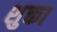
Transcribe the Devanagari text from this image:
शुक्ता